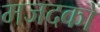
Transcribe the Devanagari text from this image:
मजदकों